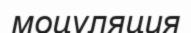
моцуляция